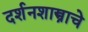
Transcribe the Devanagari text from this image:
दर्शनशास्त्राचे